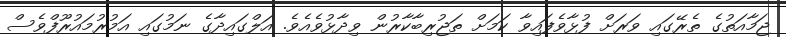
ޖަމާއަތުގެ ތެރޭގައި ވަރަށް ފުޅާވެފައިވާ ކަމަށް ތަޖުރިބާކާރުން ވިދާޅުވެއެވެ. އަލްގައިދާގެ ނަމުގައި އަމުރުމައުރޫފްވެސް